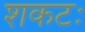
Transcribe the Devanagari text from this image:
शकटः